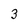
Character: 3